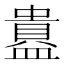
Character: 𬐲